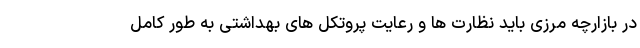
در بازارچه مرزی باید نظارت ها و رعایت پروتکل های بهداشتی به طور کامل